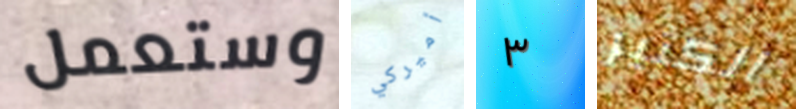
وستعمل أميركي ٣ الكثير